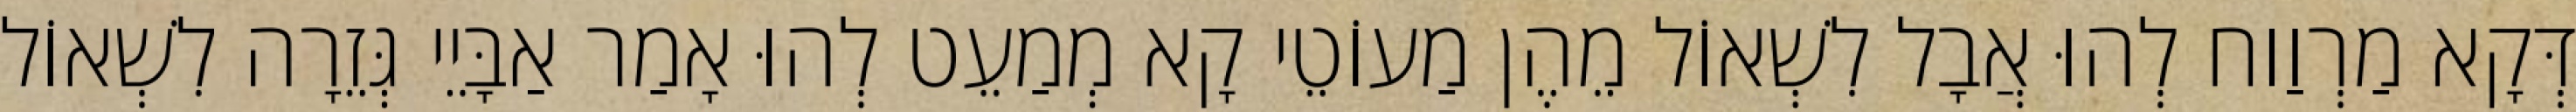
דְּקָא מַרְוַוח לְהוּ אֲבָל לִשְׁאוֹל מֵהֶן מַעוֹטֵי קָא מְמַעֵט לְהוּ אָמַר אַבָּיֵי גְּזֵרָה לִשְׁאוֹל